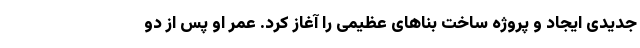
جدیدی ایجاد و پروژه ساخت بناهای عظیمی را آغاز کرد. عمر او پس از دو